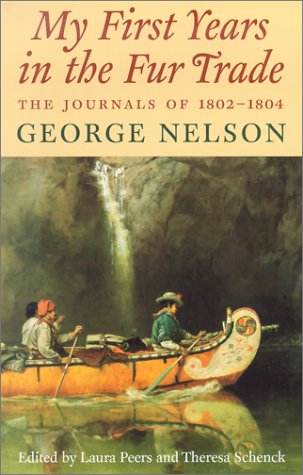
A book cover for My First Years in the Fur Trade: The Journals of 1802-1804; George Nelson; Biographies & Memoirs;